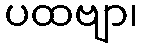
ပထဗျာ၊